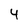
Character: 4